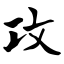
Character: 攻